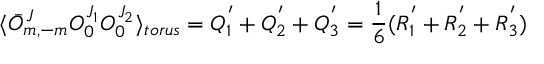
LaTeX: \langle \bar { O } _ { m , - m } ^ { J } O _ { 0 } ^ { J _ { 1 } } O _ { 0 } ^ { J _ { 2 } } \rangle _ { t o r u s } = Q _ { 1 } ^ { ' } + Q _ { 2 } ^ { ' } + Q _ { 3 } ^ { ' } = \frac { 1 } { 6 } ( R _ { 1 } ^ { ' } + R _ { 2 } ^ { ' } + R _ { 3 } ^ { ' } )